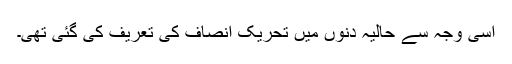
اسی وجہ سے حالیہ دنوں میں تحریکِ انصاف کی تعریف کی گئی تھی۔